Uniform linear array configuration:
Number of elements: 48
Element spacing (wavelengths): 0.5
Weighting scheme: blackman
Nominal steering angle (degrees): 45
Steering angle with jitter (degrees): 43.118
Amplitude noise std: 0.05
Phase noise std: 0.05

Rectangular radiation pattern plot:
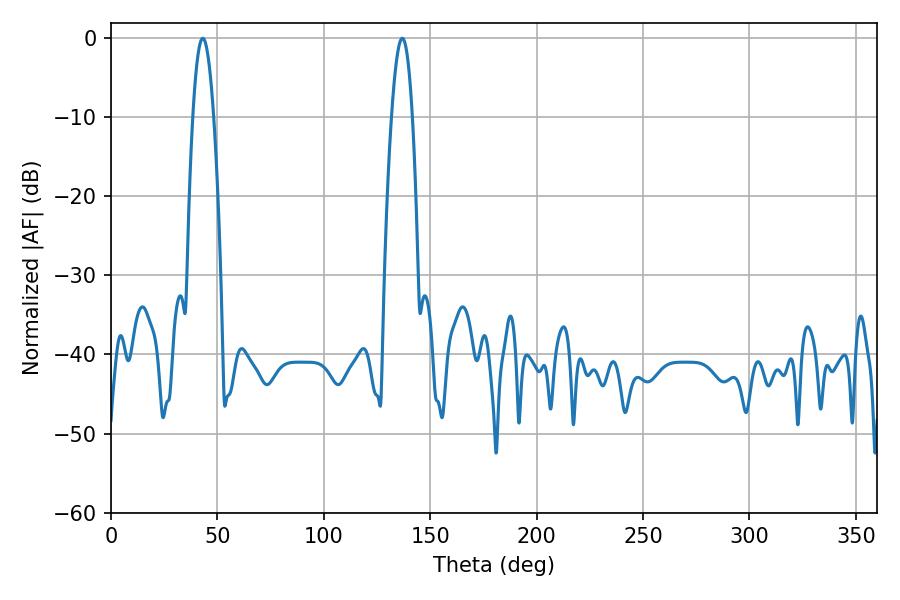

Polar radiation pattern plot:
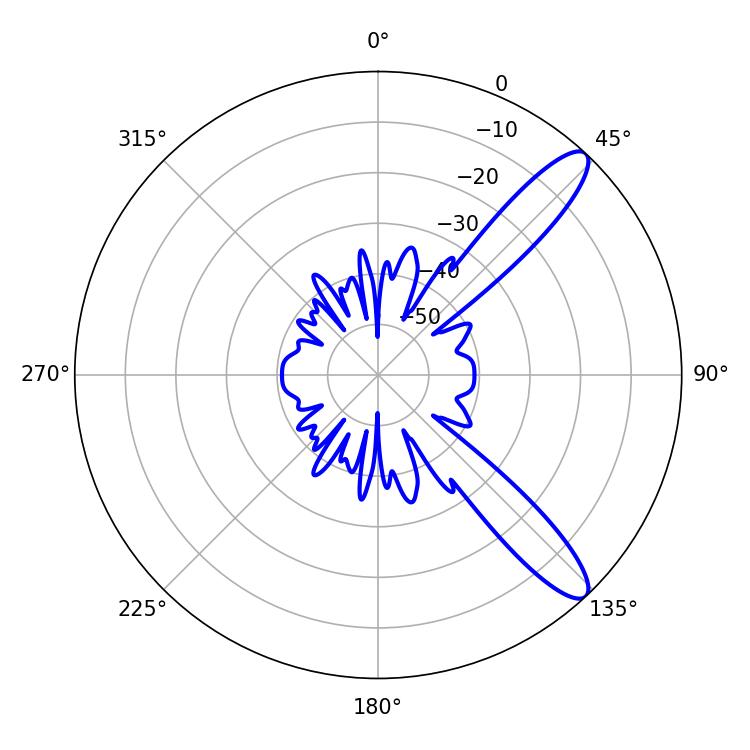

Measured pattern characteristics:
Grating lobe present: FALSE
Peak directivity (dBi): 11.578
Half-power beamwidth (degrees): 5.4
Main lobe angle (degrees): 43.2